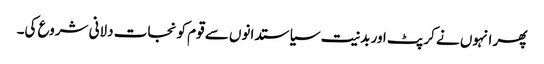
پھر انہوں نے کرپٹ اور بدنیت سیاستدانوں سے قوم کو نجات دلانی شروع کی۔